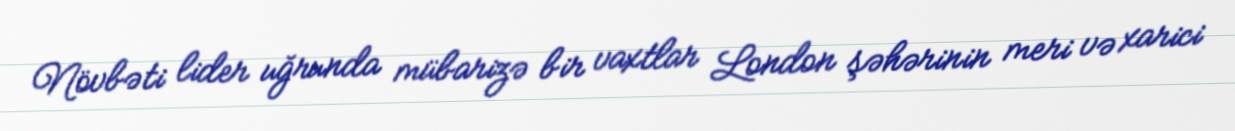
Növbəti lider uğrunda mübarizə bir vaxtlar London şəhərinin meri və xarici